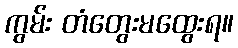
ကွမ်း တံတွေးမထွေးရ။